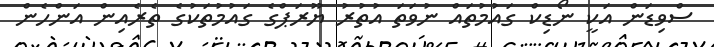
ސްވިޑަން އަކީ ނޯޑިކް ގައުމުތައް ނުވަތަ އުތުރު ޔޫރަޕްގެ ގައުމުތަކުގެ ތެރެއިން އަންހެން